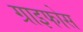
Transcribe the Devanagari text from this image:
ग्राइफोस